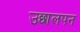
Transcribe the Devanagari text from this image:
उछालपन